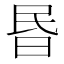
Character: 昬